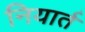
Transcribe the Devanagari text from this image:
नियार्त